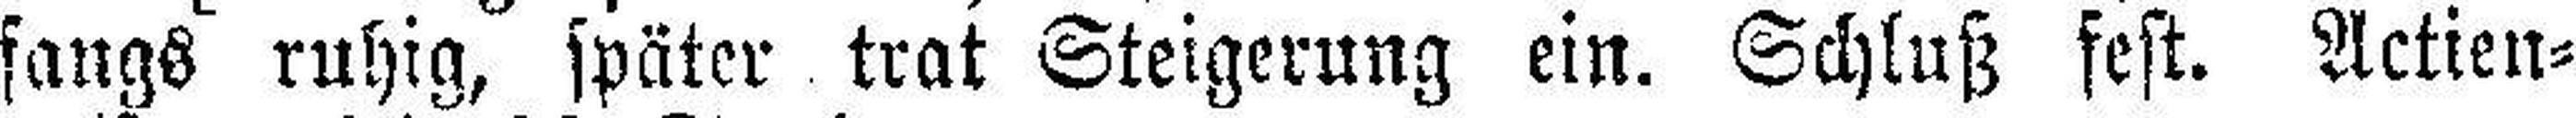
fangs ruhig, später trat Steigerung ein. Schluß fest. Actien¬